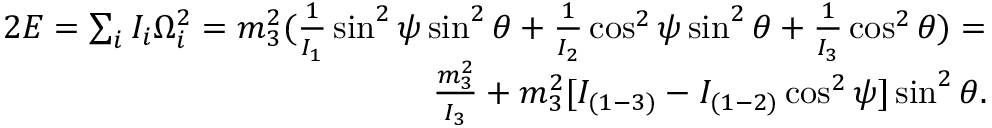
\begin{array} { r } { 2 E = \sum _ { i } I _ { i } \Omega _ { i } ^ { 2 } = m _ { 3 } ^ { 2 } ( \frac { 1 } { I _ { 1 } } \sin ^ { 2 } \psi \sin ^ { 2 } \theta + \frac { 1 } { I _ { 2 } } \cos ^ { 2 } \psi \sin ^ { 2 } \theta + \frac { 1 } { I _ { 3 } } \cos ^ { 2 } \theta ) = } \\ { \frac { m _ { 3 } ^ { 2 } } { I _ { 3 } } + m _ { 3 } ^ { 2 } [ I _ { ( 1 - 3 ) } - I _ { ( 1 - 2 ) } \cos ^ { 2 } \psi ] \sin ^ { 2 } \theta . } \end{array}